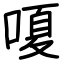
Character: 嗄